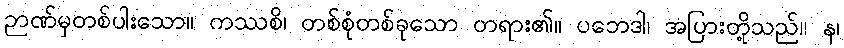
ဉာဏ်မှတစ်ပါးသော။ ကဿစိ၊ တစ်စုံတစ်ခုသော တရား၏။ ပဘေဒါ၊ အပြားတို့သည်။ န၊